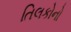
તિલકોનો